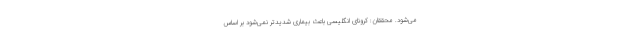
می‌شود. محققان: کرونای انگلیسی باعث بیماری شدیدتر نمی‌شود بر اساس